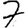
Digit: 7